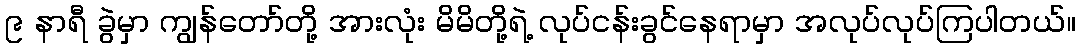
၉ နာရီ ခွဲမှာ ကျွန်တော်တို့ အားလုံး မိမိတို့ရဲ့ လုပ်ငန်းခွင်နေရာမှာ အလုပ်လုပ်ကြပါတယ်။